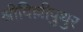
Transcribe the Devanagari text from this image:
श्रीविल्लीपुथुर